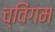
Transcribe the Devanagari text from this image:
च्विंगम